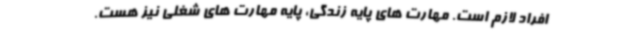
افراد لازم است. مهارت های پایه زندگی، پایه مهارت های شغلی نیز هست.